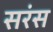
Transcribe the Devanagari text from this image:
सरंस